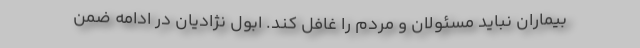
بیماران نباید مسئولان و مردم را غافل کند. ابول نژادیان در ادامه ضمن